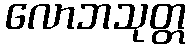
လောဘသုတ္တ